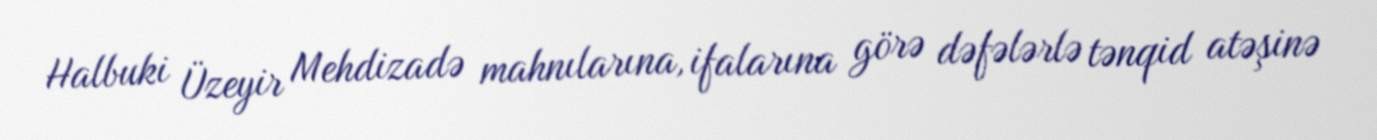
Halbuki Üzeyir Mehdizadə mahnılarına, ifalarına görə dəfələrlə tənqid atəşinə